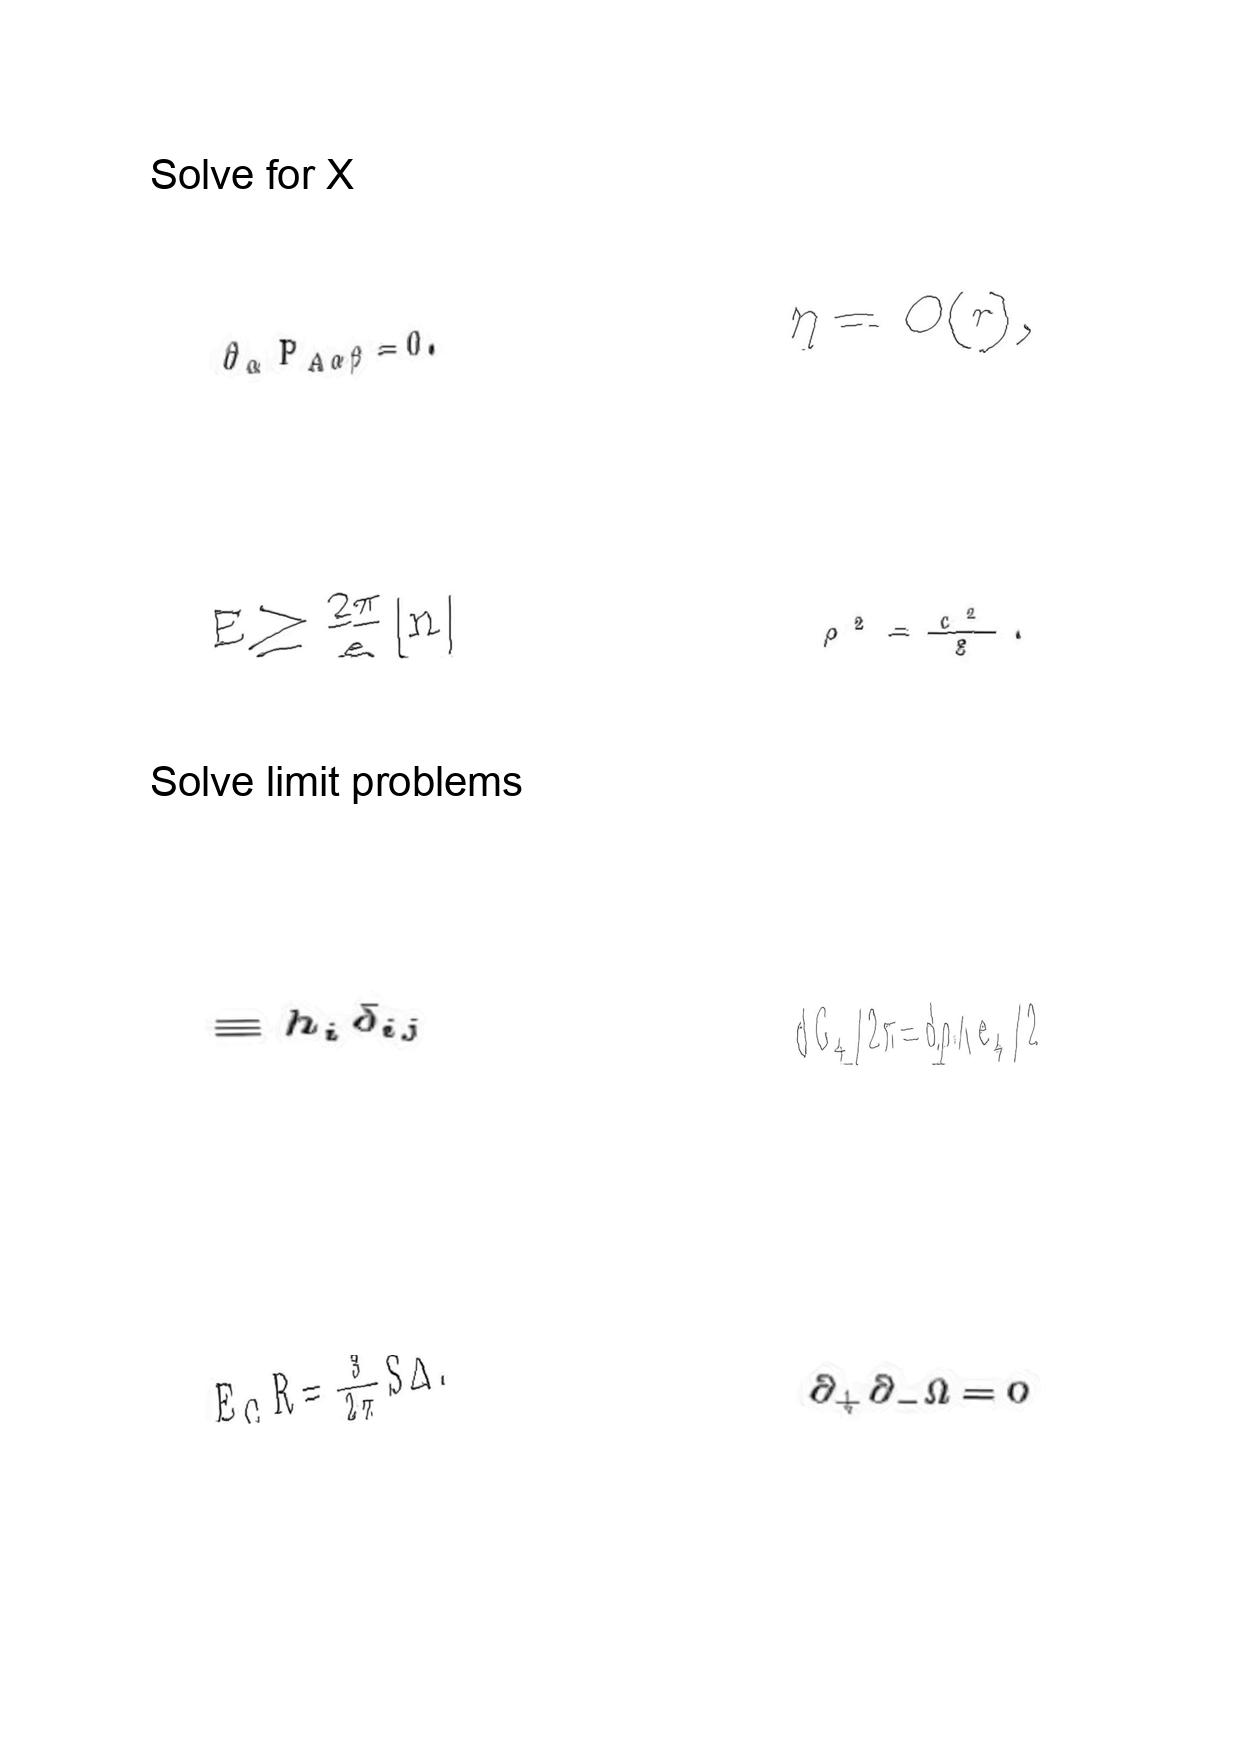
LaTeX transcription:
\partial _ { \alpha } P _ { A \alpha \beta } = 0 .
E \geq \frac { 2 \pi } { e } \vert n \vert
\equiv h _ { i } \delta _ { i j }
E _ { C } R = \frac { 3 } { 2 \pi } S \Delta .
\eta = O \lparen r \rparen ,
\rho ^ { 2 } = \frac { G ^ { 2 } } { g } .
d G _ { 4 } / 2 \pi = d \rho \land e _ { 4 } / 2
\partial _ { + } \partial _ { - } \Omega = 0